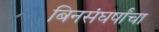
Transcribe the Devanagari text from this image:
बिनसंघर्षांचा